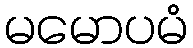
မမောပမံ